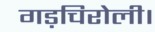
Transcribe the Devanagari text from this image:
गड़चिरोली।